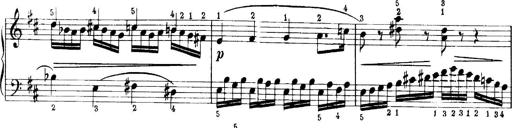
Title: Quatres sonatines
Composer: Tadeusz Joteyko